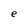
Character: e